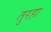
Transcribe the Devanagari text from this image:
तुरहा